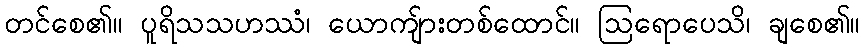
တင်စေ၏။ ပူရိသသဟဿံ၊ ယောကျ်ားတစ်ထောင်။ ဩရောပေသိ၊ ချစေ၏။